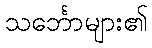
သင်္ဘောများ၏